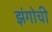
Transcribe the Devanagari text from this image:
झंगोची